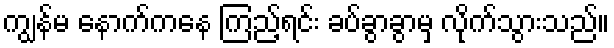
ကျွန်မ နောက်ကနေ ကြည့်ရင်း ခပ်ခွာခွာမှ လိုက်သွားသည်။